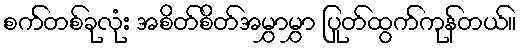
စက်တစ်ခုလုံး အစိတ်စိတ်အမွှာမွှာ ပြုတ်ထွက်ကုန်တယ်။